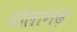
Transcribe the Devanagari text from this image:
मौलागढ़